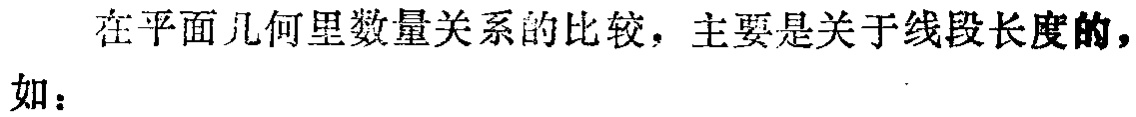
在平面几何里数量关系的比较，主要是关于线段长度的，如：